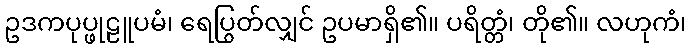
ဥဒကပုပ္ဖုဠူပမံ၊ ရေပြွတ်လျှင် ဥပမာရှိ၏။ ပရိတ္တံ၊ တို၏။ လဟုကံ၊